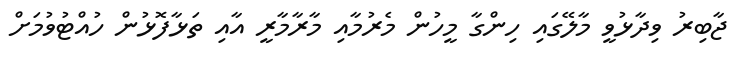
ޖާބިރު ވިދާޅުވީ މާލޭގައި ހިންގާ މީހުން މެރުމާއި މާރާމާރީ އާއި ތަޅާފޮޅުން ހުއްޓުވުމަށް